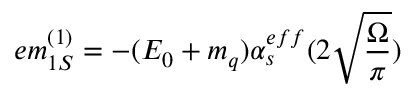
e m _ { 1 S } ^ { ( 1 ) } = - ( E _ { 0 } + m _ { q } ) \alpha _ { s } ^ { e f f } ( 2 \sqrt { \frac { \Omega } { \pi } } )